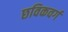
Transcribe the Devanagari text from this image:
छविकवर्ग